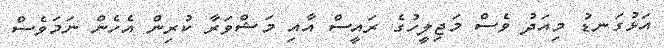
އަޅުގަނޑު މިއަދު ވެސް މަޖިލީހުގެ ރައީސް އާއި މަޝްވަރާ ކުރިން އެހެން ނަމަވެސް